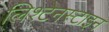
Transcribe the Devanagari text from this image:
लिश्टेनस्टाइन